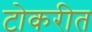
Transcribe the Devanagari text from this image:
टोकरीत